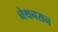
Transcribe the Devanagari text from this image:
नेथनसन